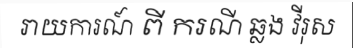
រាយការណ៍ ពី ករណី ឆ្លង វីរុស